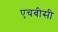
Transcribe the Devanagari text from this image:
एचबीसी